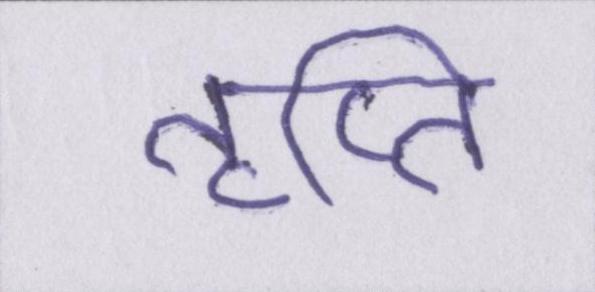
तृप्ति